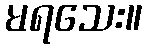
မရသေး။